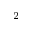
^ { - 2 }